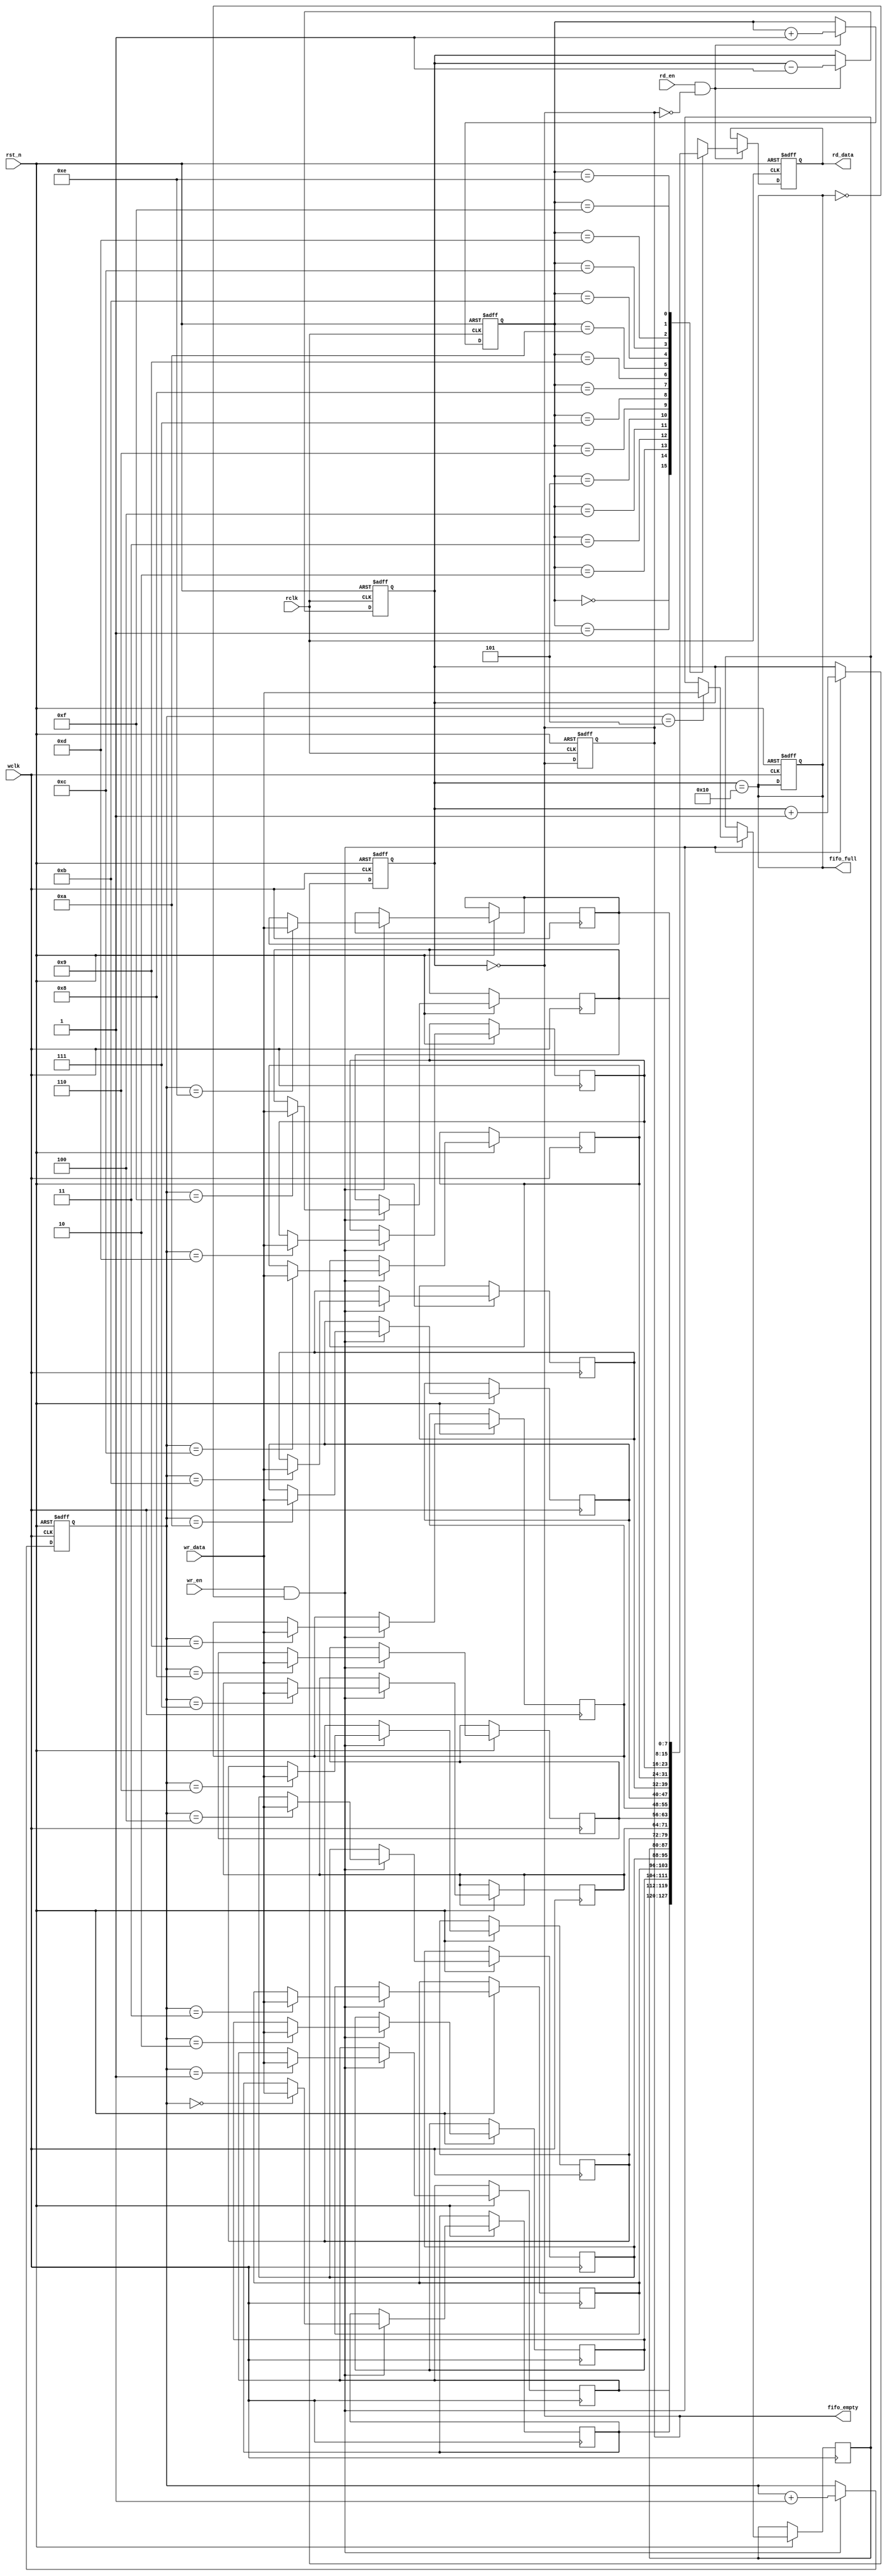
module dual_clock_fifo #(
    parameter DATA_WIDTH = 8,  // Width of the data
    parameter FIFO_DEPTH = 16   // Depth of the FIFO (must be a power of 2)
)(
    input wire                  wclk,       // Write clock
    input wire                  rclk,       // Read clock
    input wire                  rst_n,      // Asynchronous reset (active low)
    input wire [DATA_WIDTH-1:0] wr_data,    // Data input
    input wire                  wr_en,      // Write enable
    input wire                  rd_en,      // Read enable
    output reg [DATA_WIDTH-1:0] rd_data,    // Data output
    output reg                  fifo_full,   // FIFO full flag
    output reg                  fifo_empty   // FIFO empty flag
);

    // Internal memory array
    reg [DATA_WIDTH-1:0] fifo_mem [0:FIFO_DEPTH-1];

    // Write pointer and read pointer
    reg [$clog2(FIFO_DEPTH)-1:0] wptr, rptr;
    reg [$clog2(FIFO_DEPTH):0] count; // To keep track of the number of elements in the FIFO

    // Asynchronous reset and pointer management
    always @(posedge wclk or negedge rst_n) begin
        if (!rst_n) begin
            wptr <= 0;
            count <= 0;
            fifo_full <= 0;
        end else begin
            if (wr_en && !fifo_full) begin
                fifo_mem[wptr] <= wr_data;
                wptr <= wptr + 1'b1;
                count <= count + 1'b1;
            end
        end
    end

    always @(posedge rclk or negedge rst_n) begin
        if (!rst_n) begin
            rptr <= 0;
            rd_data <= 0;
            count <= 0;
            fifo_empty <= 1;
        end else begin
            if (rd_en && !fifo_empty) begin
                rd_data <= fifo_mem[rptr];
                rptr <= rptr + 1'b1;
                count <= count - 1'b1;
            end
        end
    end

    // FIFO full and empty flags
    always @(*) begin
        fifo_full = (count == FIFO_DEPTH);
        fifo_empty = (count == 0);
    end

endmodule